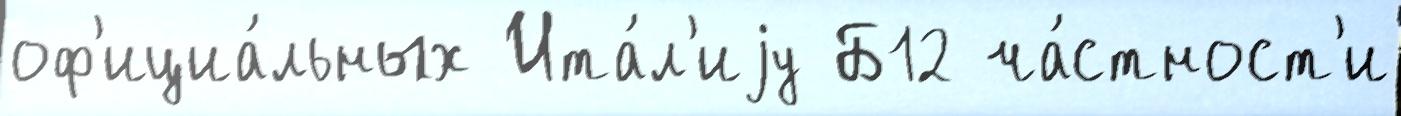
оф'ициа́льных Ита́л'иjу Б12 ча́стност'и